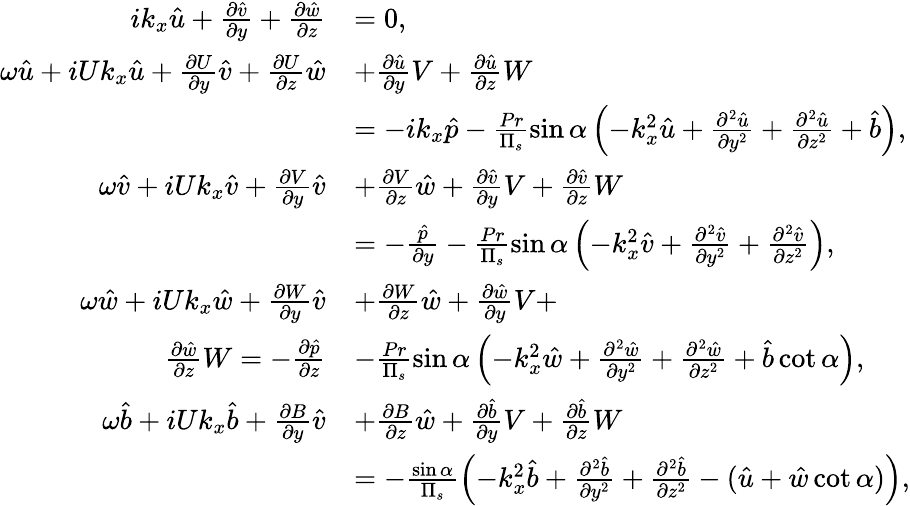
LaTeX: \begin{array}{rl}{ik_{x}\hat{u}+\frac{\partial\hat{v}}{\partial y}+\frac{\partial\hat{w}}{\partial z}}&{=0,}\\ {\omega\hat{u}+iUk_{x}\hat{u}+\frac{\partial U}{\partial y}\hat{v}+\frac{\partial U}{\partial z}\hat{w}}&{+\frac{\partial\hat{u}}{\partial y}V+\frac{\partial\hat{u}}{\partial z}W}\\ &{=-ik_{x}\hat{p}-\frac{Pr}{\Pi_{s}}\sin\alpha\left(-k_{x}^{2}\hat{u}+\frac{\partial^{2}\hat{u}}{\partial y^{2}}+\frac{\partial^{2}\hat{u}}{\partial z^{2}}+\hat{b}\right),}\\ {\omega\hat{v}+iUk_{x}\hat{v}+\frac{\partial V}{\partial y}\hat{v}}&{+\frac{\partial V}{\partial z}\hat{w}+\frac{\partial\hat{v}}{\partial y}V+\frac{\partial\hat{v}}{\partial z}W}\\ &{=-\frac{\hat{p}}{\partial y}-\frac{Pr}{\Pi_{s}}\sin\alpha\left(-k_{x}^{2}\hat{v}+\frac{\partial^{2}\hat{v}}{\partial y^{2}}+\frac{\partial^{2}\hat{v}}{\partial z^{2}}\right),}\\ {\omega\hat{w}+iUk_{x}\hat{w}+\frac{\partial W}{\partial y}\hat{v}}&{+\frac{\partial W}{\partial z}\hat{w}+\frac{\partial\hat{w}}{\partial y}V+}\\ {\frac{\partial\hat{w}}{\partial z}W=-\frac{\partial\hat{p}}{\partial z}}&{-\frac{Pr}{\Pi_{s}}\sin\alpha\left(-k_{x}^{2}\hat{w}+\frac{\partial^{2}\hat{w}}{\partial y^{2}}+\frac{\partial^{2}\hat{w}}{\partial z^{2}}+\hat{b}\cot\alpha\right),}\\ {\omega\hat{b}+iUk_{x}\hat{b}+\frac{\partial B}{\partial y}\hat{v}}&{+\frac{\partial B}{\partial z}\hat{w}+\frac{\partial\hat{b}}{\partial y}V+\frac{\partial\hat{b}}{\partial z}W}\\ &{=-\frac{\sin\alpha}{\Pi_{s}}\left(-k_{x}^{2}\hat{b}+\frac{\partial^{2}\hat{b}}{\partial y^{2}}+\frac{\partial^{2}\hat{b}}{\partial z^{2}}-(\hat{u}+\hat{w}\cot\alpha)\right),}\end{array}